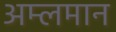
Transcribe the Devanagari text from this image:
अम्लमान